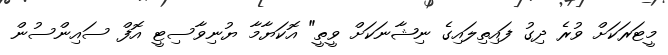
މީޓަރަކަށް ވުރެ ދިގު ފައިތިލައިގެ ނިޝާނަކަށް ވީތީ" އޮކަޔާމާ ޔުނިވާސިޓީ އޮފް ސައިންސުން